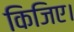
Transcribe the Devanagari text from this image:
किजिए।